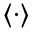
\langle \cdot \rangle